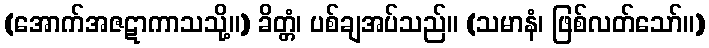
(အောက်အဇဋာကာသသို့။) ခိတ္တံ၊ ပစ်ချအပ်သည်။ (သမာနံ၊ ဖြစ်လတ်သော်။)